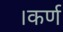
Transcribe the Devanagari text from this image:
।कर्ण